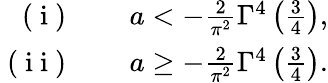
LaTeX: \begin{array}{rl}{\mathrm{~(~i~)~}}&{{}\quad a<-\frac{2}{\pi^{2}}\Gamma^{4}\left(\frac{3}{4}\right),}\\ {\mathrm{~(~i~i~)~}}&{{}\quad a\geq-\frac{2}{\pi^{2}}\Gamma^{4}\left(\frac{3}{4}\right).}\end{array}